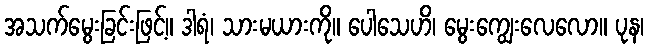
အသက်မွေးခြင်းဖြင့်။ ဒါရံ၊ သားမယားကို။ ပေါသေဟိ၊ မွေးကျွေးလေလော။ ပုန၊